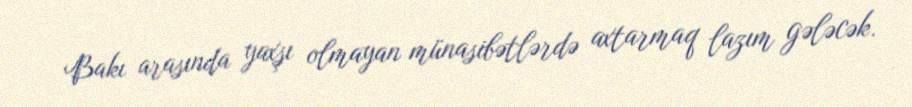
Bakı arasında yaxşı olmayan münasibətlərdə axtarmaq lazım gələcək.